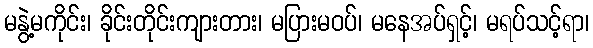
မနွဲ့မကိုင်း၊ ခိုင်းတိုင်းကျားတား၊ မပြားမဝပ်၊ မနေအပ်ရှင့်၊ မရပ်သင့်ရာ၊